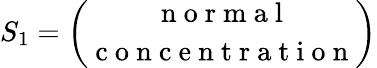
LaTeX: S_{1}=\binom{\mathrm{~n~o~r~m~a~l~}}{\mathrm{~c~o~n~c~e~n~t~r~a~t~i~o~n~}}